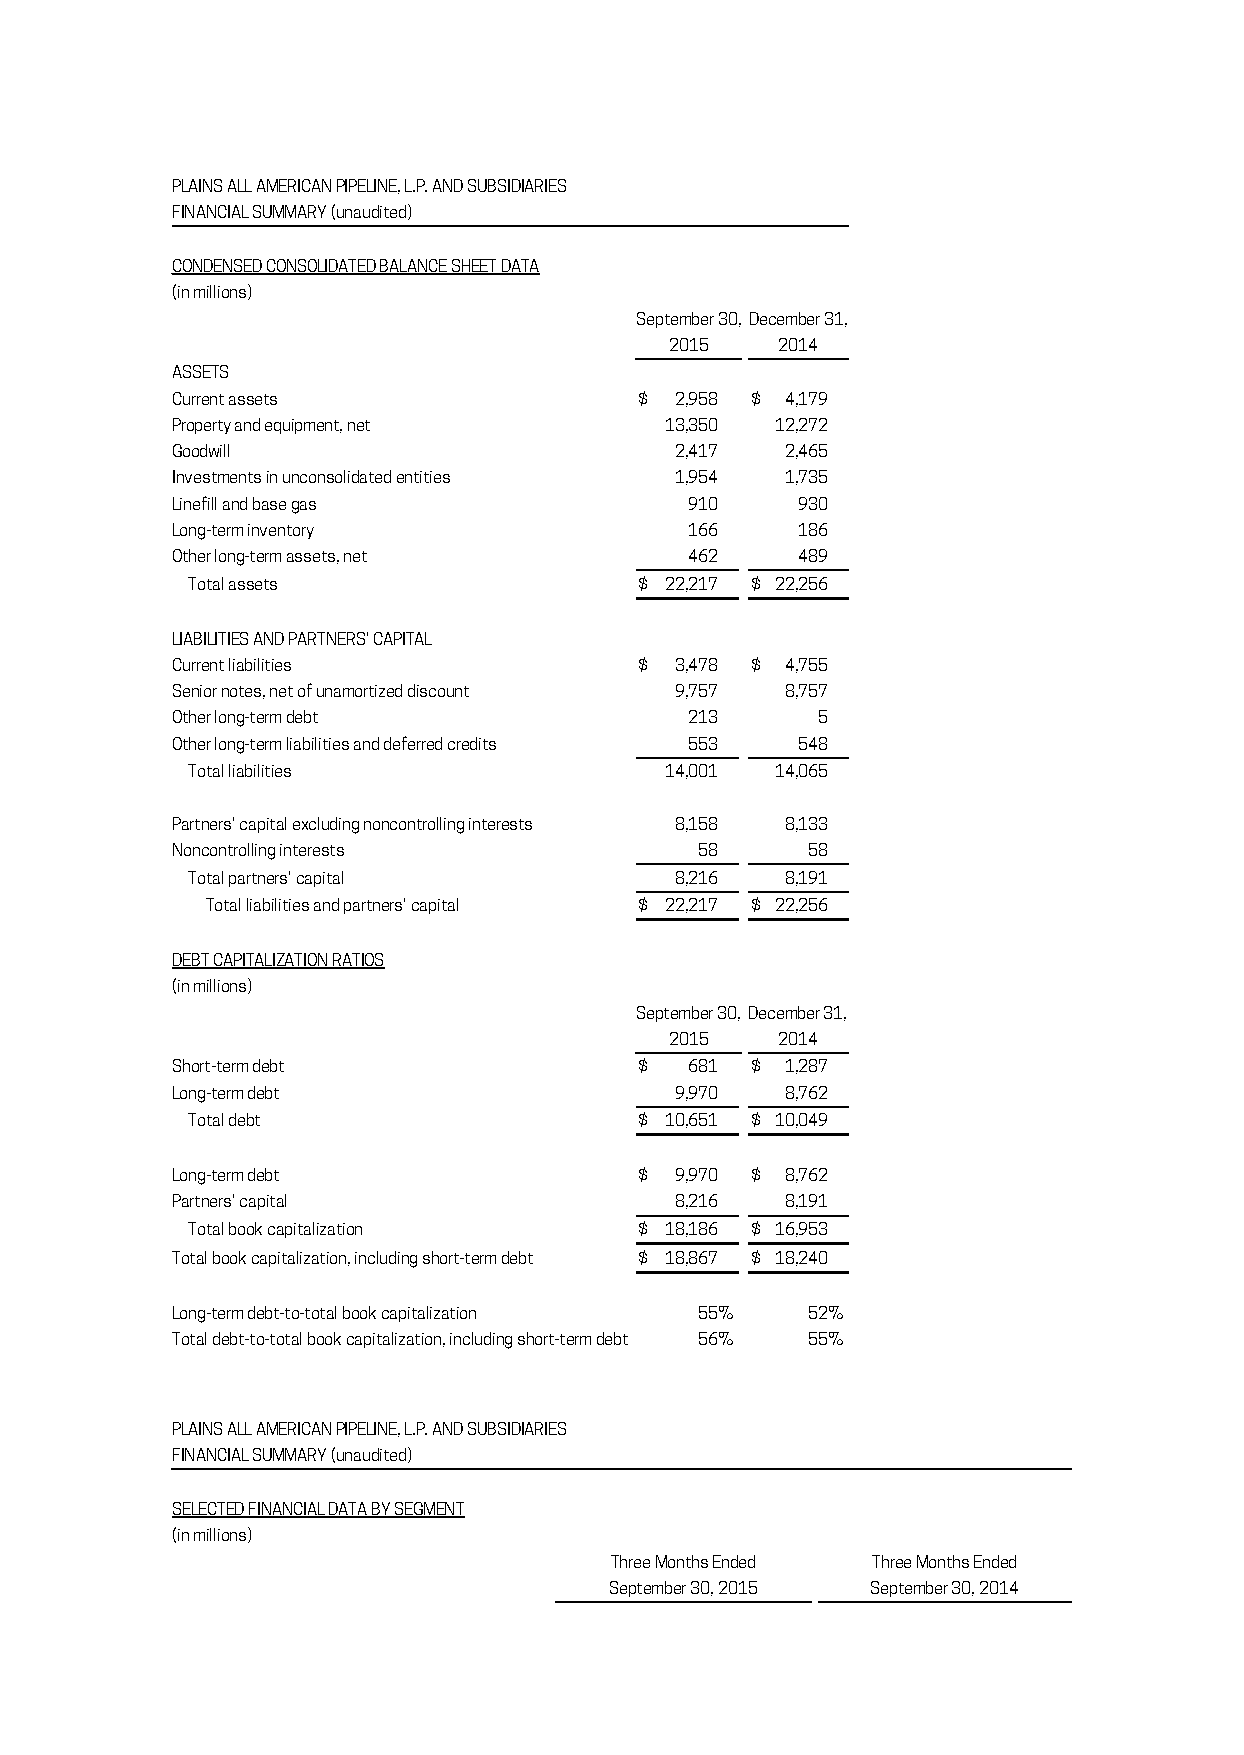
PLAINS ALL AMERICAN PIPELINE, L.P. AND SUBSIDIARIES
 FINANCIAL SUMMARY (unaudited)
 CONDENSED CONSOLIDATED BALANCE SHEET DATA
 (in millions)
 September 30, December 31,
 2015    2014
 ASSETS
 Current assets                 $  2,958 $ 4,179
 Property and equipment, net      13,350 12,272
 Goodwill                          2,417  2,465
 Investments in unconsolidated entities 1,954 1,735
 Linefill and base gas              910    930
 Long-term inventory                166    186
 Other long-term assets, net        462    489
 Total assets                  $ 22,217 $ 22,256
 LIABILITIES AND PARTNERS' CAPITAL
 Current liabilities            $  3,478 $ 4,755
 Senior notes, net of unamortized discount 9,757 8,757
 Other long-term debt               213     5
 Other long-term liabilities and deferred credits 553 548
 Total liabilities               14,001 14,065
 Partners' capital excluding noncontrolling interests 8,158 8,133
 Noncontrolling interests           58      58
 Total partners' capital          8,216  8,191
 Total liabilities and partners' capital $ 22,217 $ 22,256
 DEBT CAPITALIZATION RATIOS
 (in millions)
 September 30, December 31,
 2015    2014
 Short-term debt                $   681 $ 1,287
 Long-term debt                    9,970  8,762
 Total debt                    $ 10,651 $ 10,049
 Long-term debt                 $  9,970 $ 8,762
 Partners' capital                 8,216  8,191
 Total book capitalization     $ 18,186 $ 16,953
 Total book capitalization, including short-term debt $ 18,867 $ 18,240
 Long-term debt-to-total book capitalization 55% 52%
 Total debt-to-total book capitalization, including short-term debt 56% 55%
 PLAINS ALL AMERICAN PIPELINE, L.P. AND SUBSIDIARIES
 FINANCIAL SUMMARY (unaudited)
 SELECTED FINANCIAL DATA BY SEGMENT
 (in millions)
 Three Months Ended Three Months Ended
 September 30, 2015 September 30, 2014